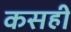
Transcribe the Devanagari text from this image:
कसही